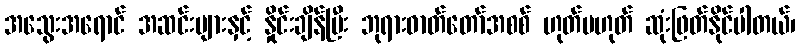
အသွေးအရောင် အဆင်းများနှင့် နှိုင်းချိန်ပြီး ဘုရားဓာတ်တော်အစစ် ဟုတ်မဟုတ် ဆုံးဖြတ်နိုင်ပါတယ်၊